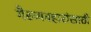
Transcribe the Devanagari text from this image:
गैरव्यवहारांसाठी